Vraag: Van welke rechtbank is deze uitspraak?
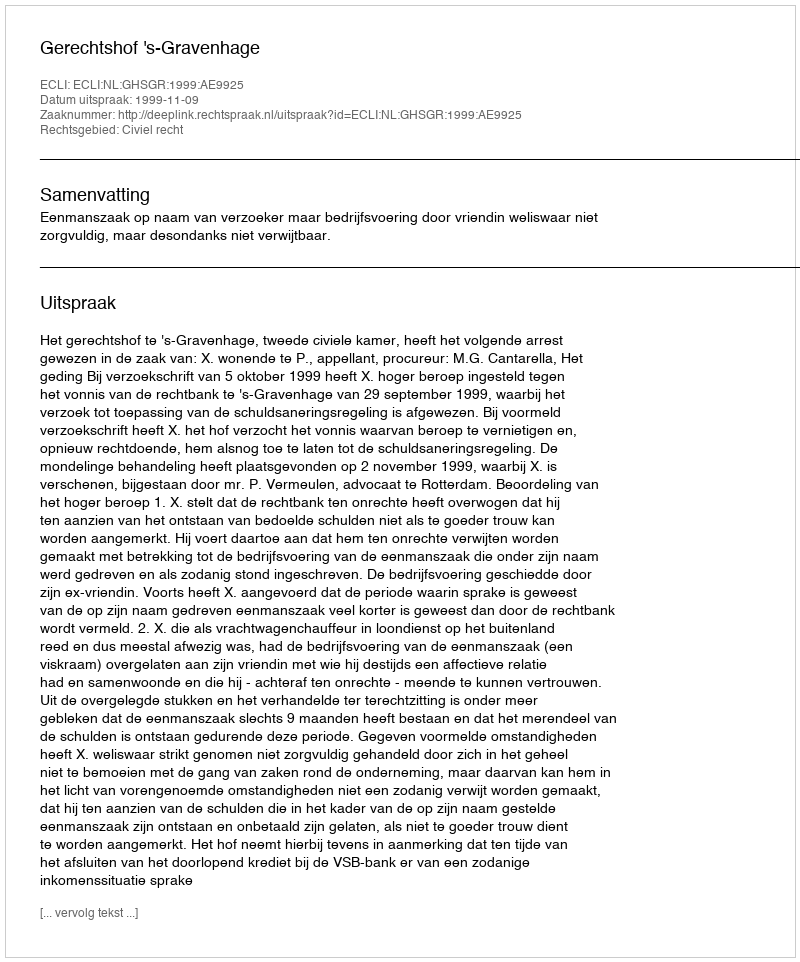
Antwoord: Gerechtshof 's-Gravenhage